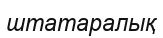
штатаралық